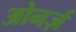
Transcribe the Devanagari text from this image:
ओनर्ज़